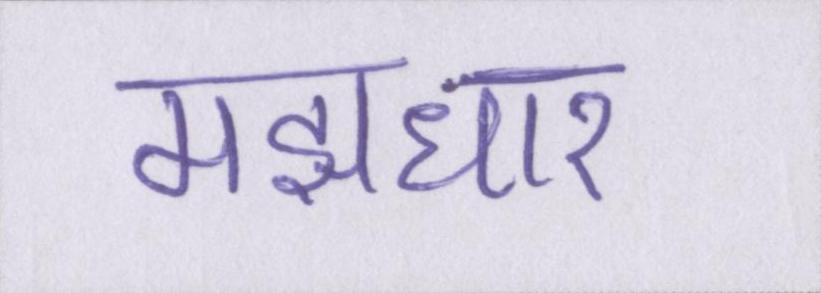
मझधार